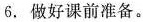
6. 做好课前准备。